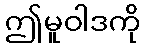
ဤမူဝါဒကို